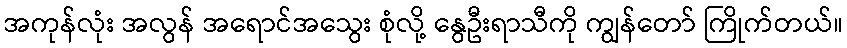
အကုန်လုံး အလွန် အရောင်အသွေး စုံလို့ နွေဦးရာသီကို ကျွန်တော် ကြိုက်တယ်။